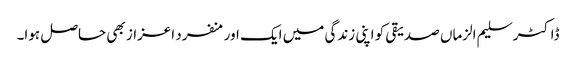
ڈاکٹر سلیم الزماں صدیقی کو اپنی زندگی میں ایک اور منفرد اعزاز بھی حاصل ہوا۔